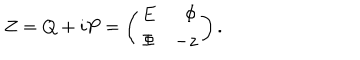
LaTeX: Z = Q + i P = \left( \begin{array} { c r c } { { E } } & { { \Phi } } \\ { { \Phi } } & { { - z } } \\ \end{array} \right) .